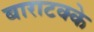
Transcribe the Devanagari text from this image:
बाराटक्के